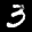
Label: 3